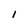
Character: l